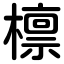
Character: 檩